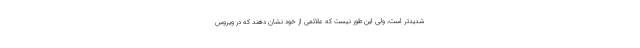
شدیدتر است، ولی این طور نیست که علائمی از خود نشان دهند که در ویروس